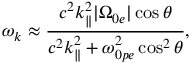
\omega _ { k } \approx \frac { c ^ { 2 } k _ { \parallel } ^ { 2 } | \Omega _ { 0 e } | \cos \theta } { c ^ { 2 } k _ { \parallel } ^ { 2 } + \omega _ { 0 p e } ^ { 2 } \cos ^ { 2 } \theta } ,